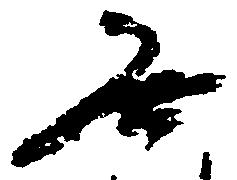
無